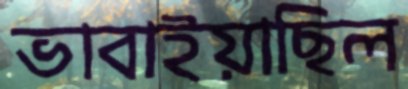
ভাবাইয়াছিল